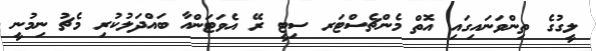
ލީގުގެ ތިންވަނައިގައި އޮތް މެންޗެސްޓަރ ސިޓީ ރޭ އެވަޓަންއާ ބައްދަލުކުރި މެޗު ނިމުނީ